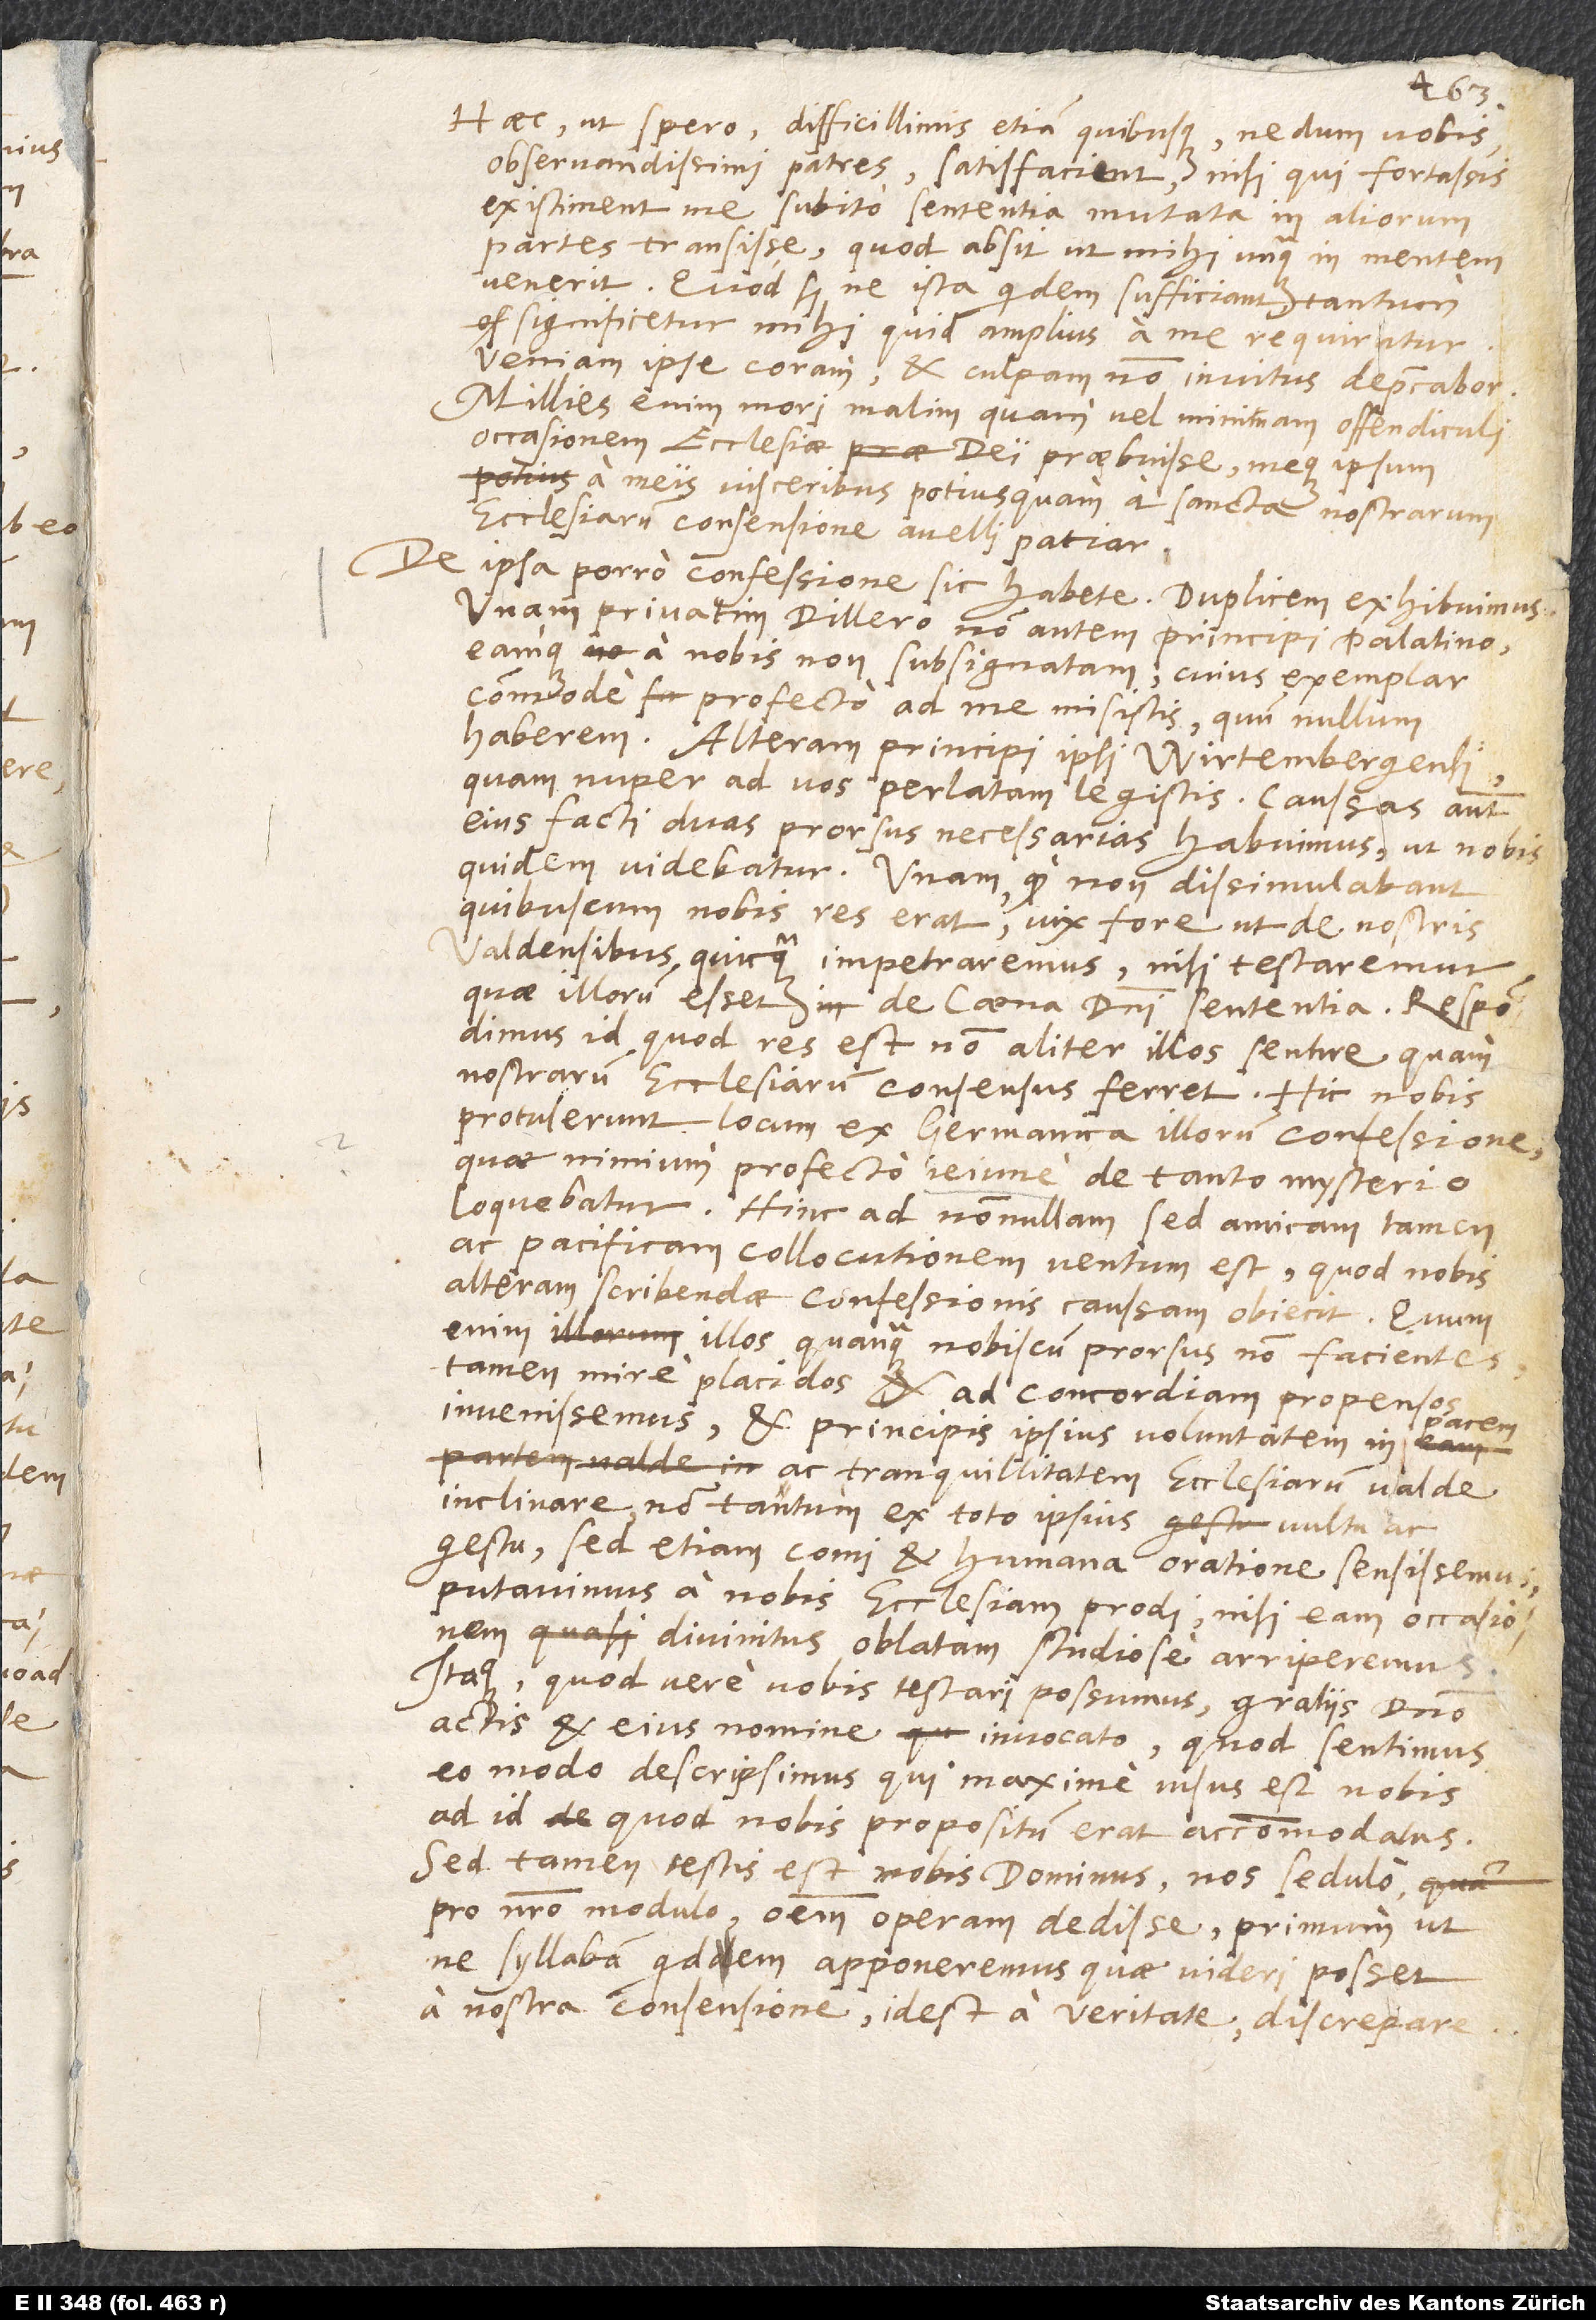
Haec, ut spero, difficillimis etiam quibusque, nedum vobis,
observandissimi patres, satisfacient, nisi qui fortassis
existiment, me subito sententia mutata in aliorum
partes transise, quod absit ut mihi unquam in mentem
venerit. Quod si ne ista quidem sufficiant, tantum
significetur mihi quid amplius a me requiratur.
Veniam ipse coram et culpam non invitus deprecabor.
Millies enim mori malim, quam vel minimam offendiculi
occasionem ecclesiae dei praebuisse, meque ipsum
a meis visceribus potius quam a sancta nostrarum
ecclesiarum consensione avelli patiar.
Unam privatim Dillero, non autem principi Palatino,
eamque a nobis non subsignatam, cuius exemplar
commode profecto ad me misistis, quum nullum
haberem. Alteram principi ipsi Wirtembergensi,
eius facti duas prorsus necessarias habuimus, ut nobis
quidem videbatur. Unam, quod non dissimulabant
quibuscum nobis res erat, vix fore ut de nostris
Valdensibus quidquam impetraremus, nisi testaremur,
id quod res est, non aliter illos sentire quam
nostrarum ecclesiarum consensus ferret. Hic nobis
protulerunt locum ex Gemanica illorum confessione
quae nimium profecto ieiune de tanto mysterio
loquebatur. Hinc ad nonnullam, sed amicam tamen
ac pacificam collocutionem ventum est, quod nobis
alteram scribendae confessionis caussam obiecit. Quum
enim illos, quanquam nobiscum prorsus non facientes,
tamen mire placidos et ad concordiam propensos
invenissemus et principis ipsius voluntatem in
ac tranquillitatem ecclesiarum valde
inclinare, non tantum ex toto ipsius vultu ac
gestu, sed etiam comi et humana oratione sensissemus,
putavimus a nobis ecclesiam prodi, nisi eam occasionem
divinitus oblatam studiose arriperemus.
Itaque, quod vere vobis testari possumus, gratiis domino
actis et eius nomine invocato, quod sentimus
eo modo descripsimus qui maxime visus est nobis
ad id quod nobis propositum erat accommodatus.
Sed tamen testis est nobis dominus, nos sedulo
pro nostro modulo operam dedisse primum, ut
ne syllabam quidem apponeremus quae videri posset
a nostra consensione, id est a veritate discrepare.